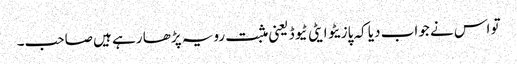
تو اس نے جواب دیا کہ پازیٹو ایٹی ٹیوڈ یعنی مثبت رویہ پڑھا رہے ہیں صاحب۔